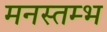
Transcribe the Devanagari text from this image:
मनस्तम्भ